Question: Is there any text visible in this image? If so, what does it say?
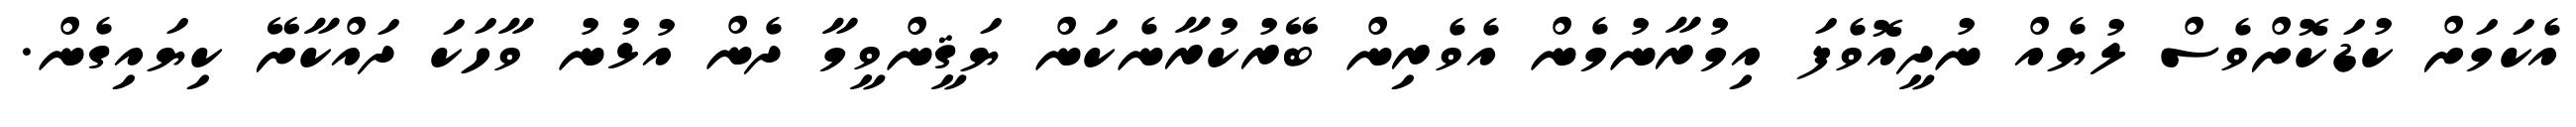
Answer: އެކަމަށް ކުޑަކޮށްވެސް ލުޔެއް ނުދީއޮވެފަ އިމުރާނުމެން އެވެރިން ބޭރުކުރާނެކަން ޔަޤީންވީމާ ދެން އުޅުނު ވާހަކަ ދައްކާށޭ ކިޔައިގެން.